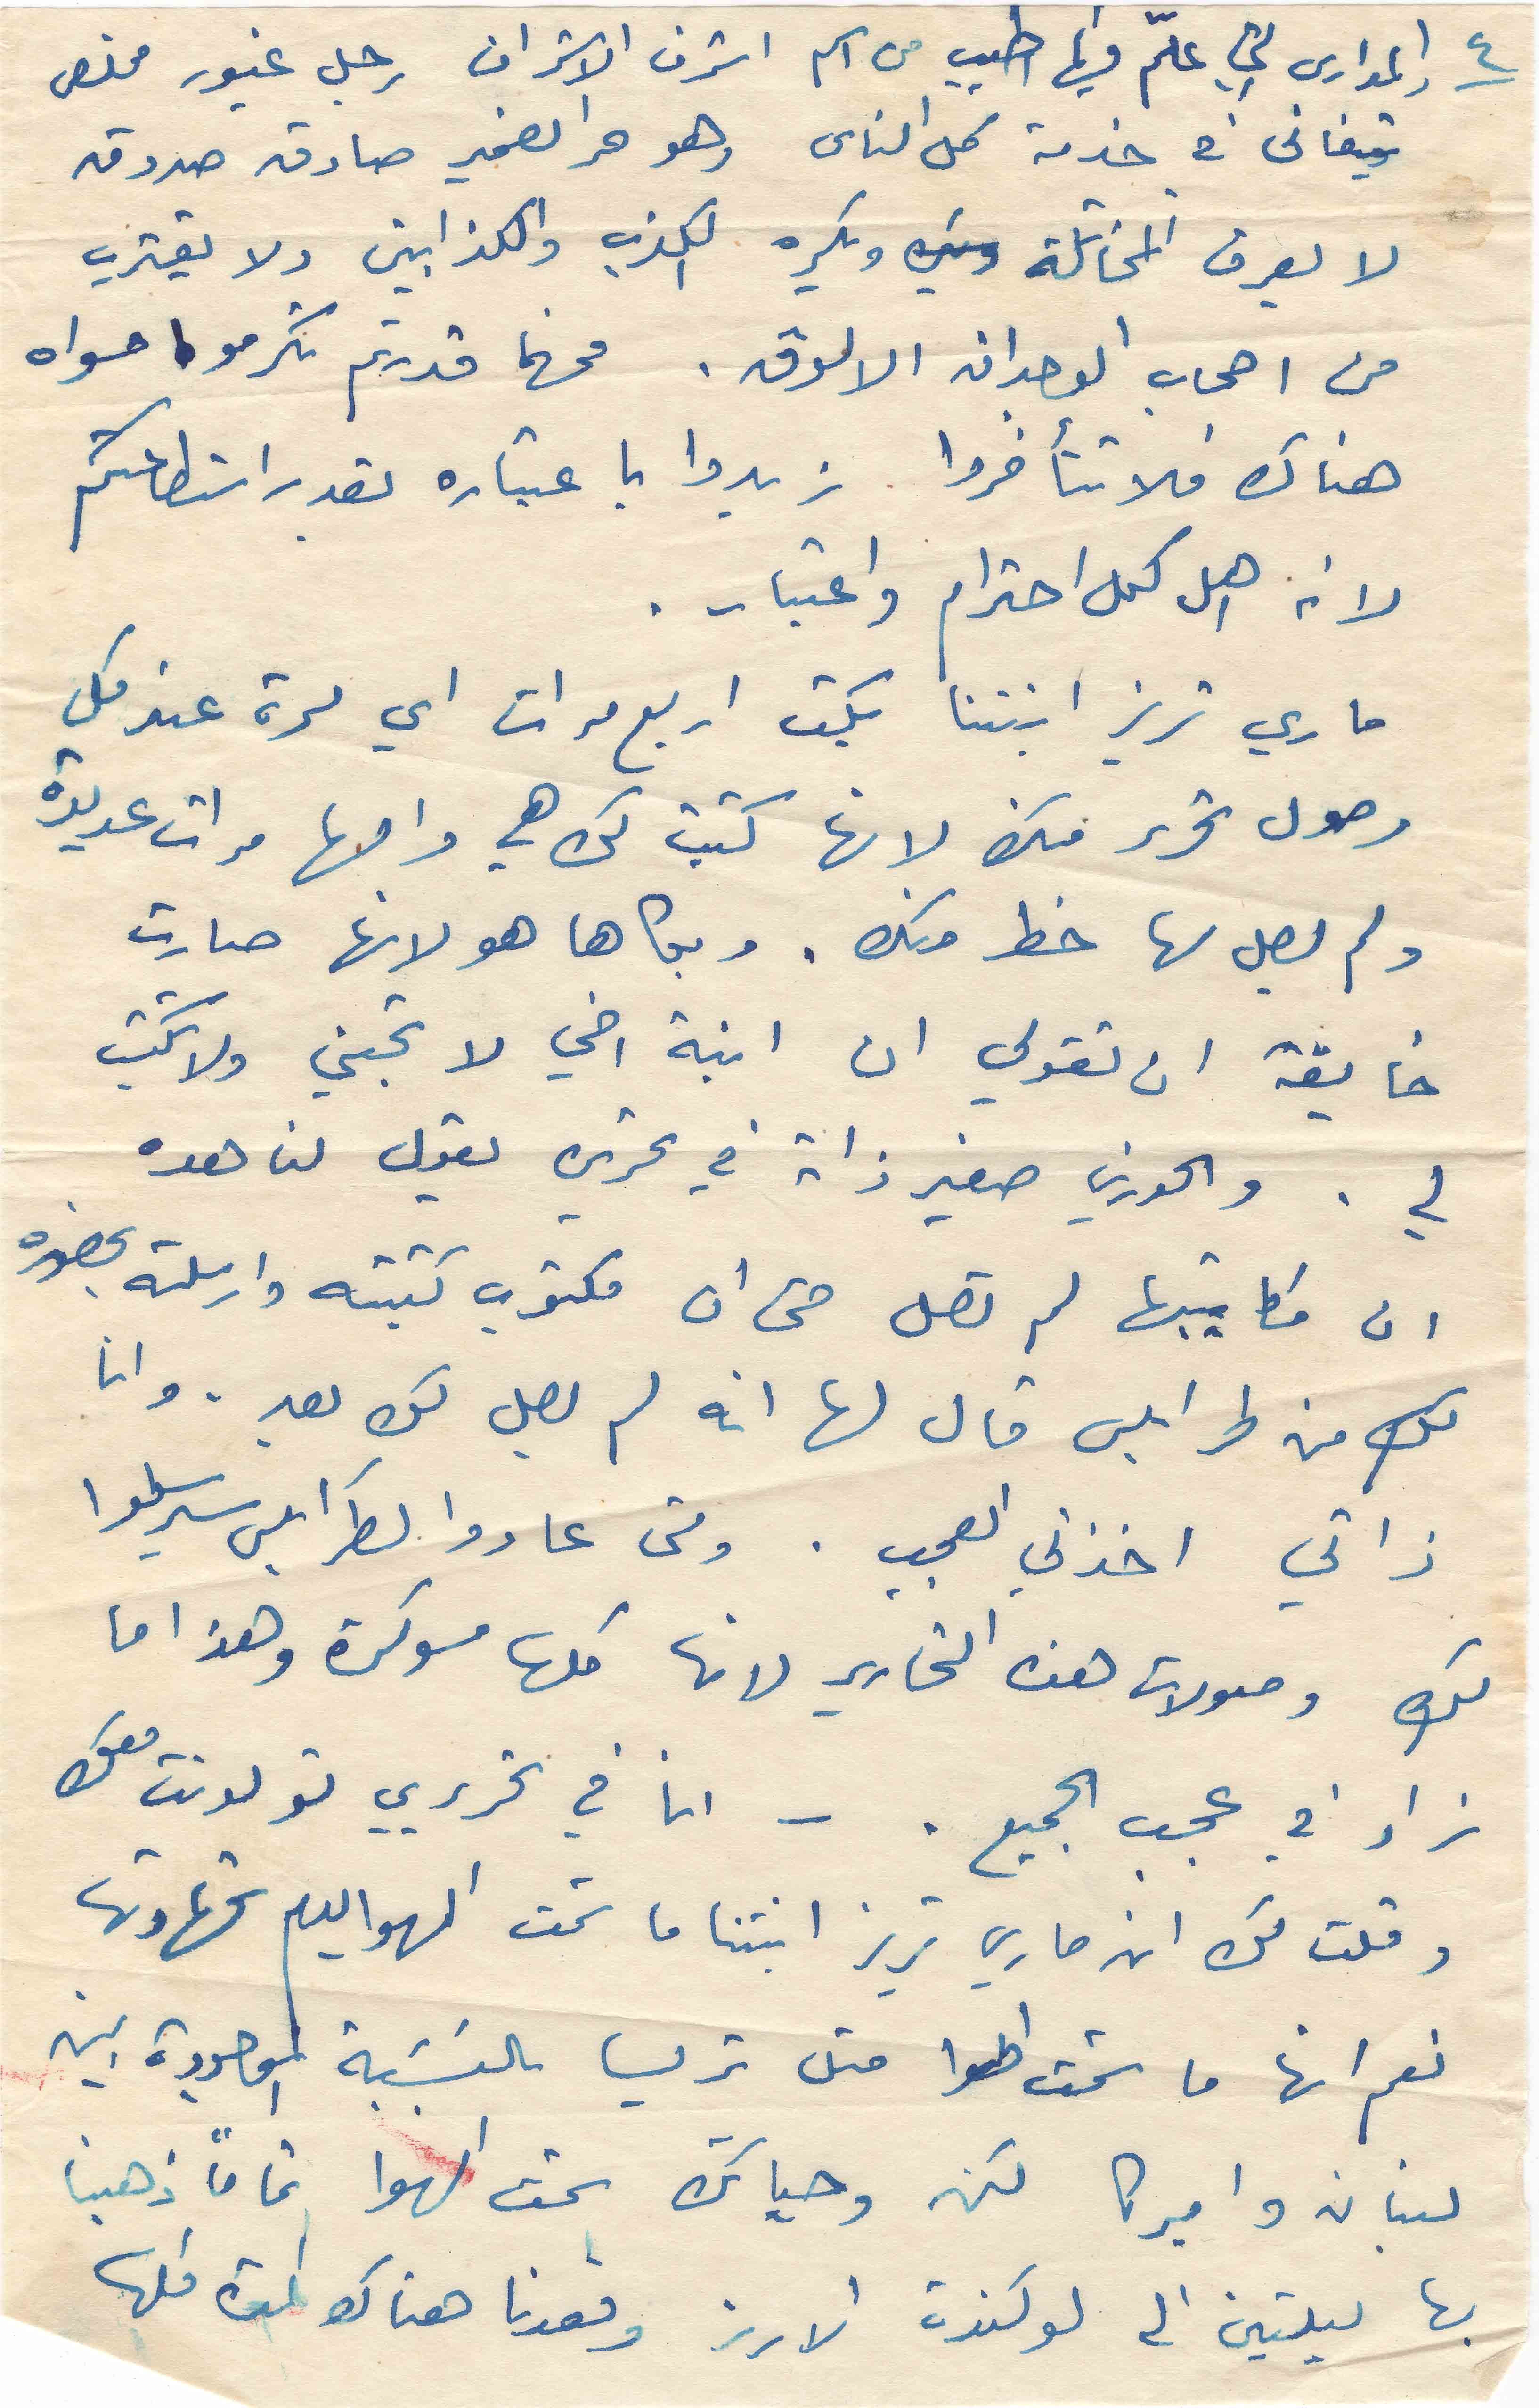
٤
المدارس التي علّم فيها اطيب من اسم اشرف الاشراف رجل غيور مخلص
متفاني في خدمة كل الناس وهو حر الضمير صادق صدوق
لا يعرف المخاتلة ويكره الكذب والكذابين ولا يقترب
من اصحاب الوجدان الالوق. فمهما قدرتم تكرمو مسواه
هناك فلا تتأخروا زيدوا باعتباره بقدر استطاعتكم
لأنه اهل كل احترام واعتبار.
ماري تريز ابنتنا بكت اربع مرات اي مرة عند كل
وصول تحرير منك لانها كتبت لك هي وامها مرات عديدة
ولم يصل لها خط منك. وبكاها هو لانها صارت
خايفة ان تقولي ان ابنة اخي لا تحبني ولا تكتب
لي. والخوري صفير ذاته في تحريره يقول لنا هده
ان مكاتيبها لم تصل حتى ان مكتوب كتبته وارسلته بحضوره
لكِ من طرابلس قال لها انه لم يصل لكِ بعد. وانا
ذاتي اخذني العجب . ومتى عادوا لطرابلس سيرسلوا
لكِ وصولات هذه التحارير لانها كلها مسوكرة وهذا ما
زاد في عجب الجميع . - انا في تحريري تولدنت معك
وقلت لك ان ماري تريز ابنتنا ما شمت الهوا ليوم شهادتها
نعم انها ما شمت الهوا متل تريسا بالنسبة الموجودة بين
لبنان واميركا لكن وحياتك شمت الهوا تماماً ذهبنا
بها ليلتين الى لوكندة الارز وقعدنا هناك المدة كلها